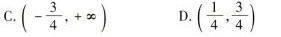
c.(- \frac{3}{4},+ \infty) D. (\frac{1}{4}, \frac{3}{4})